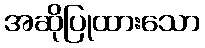
အဆိုပြုထားသော